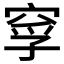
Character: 𥦘